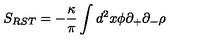
S _ { R S T } = - \frac { \kappa } { \pi } \int d ^ { 2 } x \phi \partial _ { + } \partial _ { - } \rho